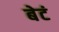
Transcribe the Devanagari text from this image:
बेटं